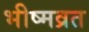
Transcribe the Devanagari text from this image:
भीष्मव्रत